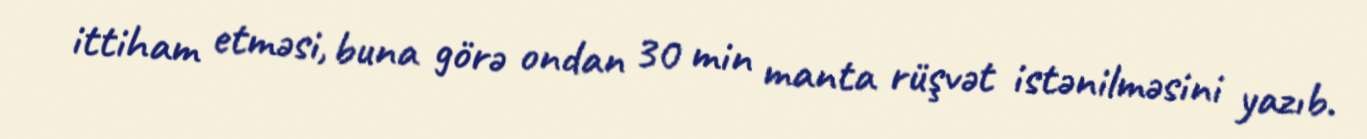
ittiham etməsi, buna görə ondan 30 min manta rüşvət istənilməsini yazıb.